Note on the mental hospitals in Burma - 1925-1940
Year: 1925
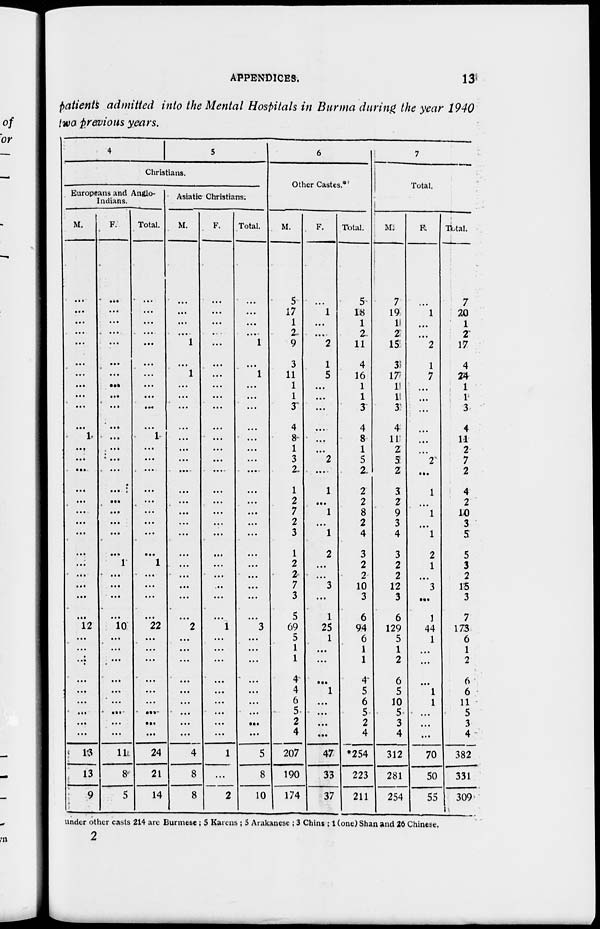
APPENDICES.
13
patients admitted into the Mental Hospitals in Burma during the year 1940
two previous years.
4
5
Christians.
Europeans and Anglo-
Indians.
M.
...
...
...
...
...
...
...
...
...
...
...
1
...
...
...
...
...
...
...
...
...
...
...
...
...
...
12
...
...
...
...
...
...
...
...
...
13
13
9
F.
...
...
...
...
...
...
...
...
...
...
...
...
...
...
...
...
...
...
...
...
...
1
...
...
...
...
10
...
...
...
...
...
...
...
...
...
11
8
5
Total.
...
...
...
...
...
...
...
...
...
...
...
1
...
...
...
...
...
...
...
...
...
1
...
...
...
...
22
...
...
...
...
...
...
...
...
...
24
21
14
Asiatic Christians.
M.
...
...
...
...
1
...
1
...
...
...
...
...
...
...
...
...
...
...
...
...
...
...
...
...
...
...
2
...
...
...
...
...
...
...
...
...
4
8
8
F.
...
...
...
...
...
...
...
...
...
...
...
...
...
...
...
...
...
...
...
...
...
...
...
...
...
...
1
...
...
...
...
...
...
...
...
...
1
...
2
Total.
...
...
...
...
1
...
1
...
...
...
...
...
...
...
...
...
...
...
...
...
...
...
...
...
...
...
3
...
...
...
...
...
...
...
...
...
5
8
10
6
Other Castes.
M.
5
17
1
2
9
3
11
1
1
3
4
8
1
3
2
1
2
7
2
3
1
2
2
7
3
5
69
5
1
1
4
4
6
5
2
4
207
190
174
F.
...
1
...
...
2
1
5
...
...
...
...
...
...
2
...
1
...
1
...
1
2
...
...
3
...
1
25
1
...
...
...
1
...
...
...
...
47
33
37
Total.
5
18
1
2
11
4
16
1
1
3
4
8
1
5
2
2
2
8
2
4
3
2
2
10
3
6
94
6
1
1
4
5
6
5
2
4
*254
223
211
7
Total.
M.
7
19
1
2
15
3
17
1
1
3
4
11
2
5
2
3
2
9
3
4
3
2
2
12
3
6
129
5
1
2
6
5
10
5
3
4
312
281
254
F.
...
1
...
...
2
1
7
...
...
...
...
...
...
2
...
1
...
1
...
1
2
1
...
3
...
1
44
1
...
...
...
1
1
...
...
...
70
50
55
Total.
7
20
1
2
17
4
24
1
1
3
4
11
2
7
2
4
2
10
3
5
5
3
2
15
3
7
173
6
1
2
6
6
11
5
3
4
382
331
309
under other casts 214 are Burmese ; 5 Karens ; 5 Arakanese ; 3 Chins ; 1 (one) Shan and 26 Chinese.
2